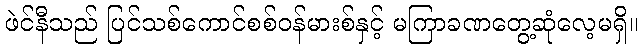
ဖဲင်နီသည် ပြင်သစ်ကောင်စစ်ဝန်မားစ်နှင့် မကြာခဏတွေ့ဆုံလေ့မရှိ။